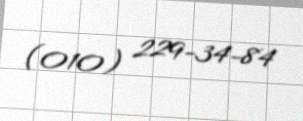
(010) 229-34-84